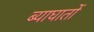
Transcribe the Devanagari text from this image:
ब्याघातों